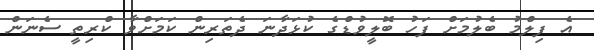
އެ ފިލްމު ބެލުމަށް ފަހު ބޮލީވުޑްގެ ކުޅަދާނަ ދެތަރިން ކަމަށްވާ ކްރިތީ ސެނަން